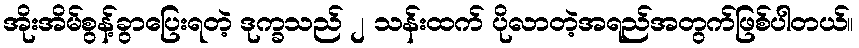
အိုးအိမ်စွန့်ခွာပြေးရတဲ့ ဒုက္ခသည် ၂ သန်းထက် ပိုလာတဲ့အရည်အတွက်ဖြစ်ပါတယ်။